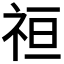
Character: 𮁭